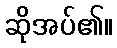
ဆိုအပ်၏။